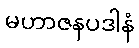
မဟာဇနပဒါနံ